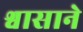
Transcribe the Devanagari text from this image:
श्वासाने